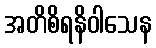
အတိစိရနိဝါသေန